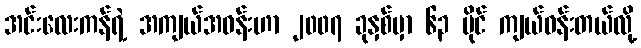
အင်းလေးကန်ရဲ့ အကျယ်အဝန်းဟာ ၂၀၀၇ ခုနှစ်မှာ ၆၃ မိုင် ကျယ်ဝန်းတယ်လို့